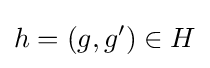
h=(g,g')\in H